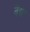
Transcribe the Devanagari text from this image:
वैद्यः